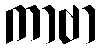
ကာဗာ